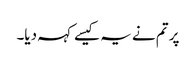
پر تم نے یہ کیسے کہہ دیا۔